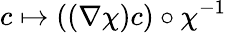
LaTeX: c\mapsto((\nabla\chi)c)\circ\chi^{-1}